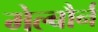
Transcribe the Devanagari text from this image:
मेल्बौर्न